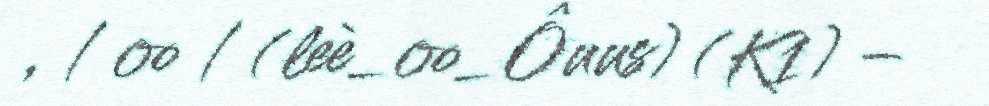
, / oo / (leè_oo_Ôuus) (K1) –